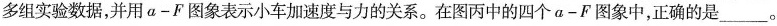
多组实验数据，并用α-F图象表示小车加速度与力的关系。在图丙中的四个a-F图象中，正确的是___。